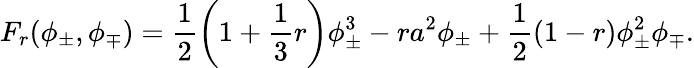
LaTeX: F_{r}(\phi_{\pm},\phi_{\mp})=\frac{1}{2}\left(1+\frac{1}{3}r\right)\phi_{\pm}^{3}-ra^{2}\phi_{\pm}+\frac{1}{2}(1-r)\phi_{\pm}^{2}\phi_{\mp}.